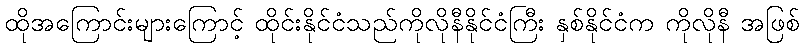
ထိုအကြောင်းများကြောင့် ထိုင်းနိုင်ငံသည်ကိုလိုနီနိုင်ငံကြီး နှစ်နိုင်ငံက ကိုလိုနီ အဖြစ်